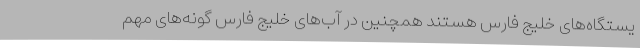
یستگاه‌های خلیج فارس هستند همچنین در آب‌های خلیج فارس گونه‌های مهم